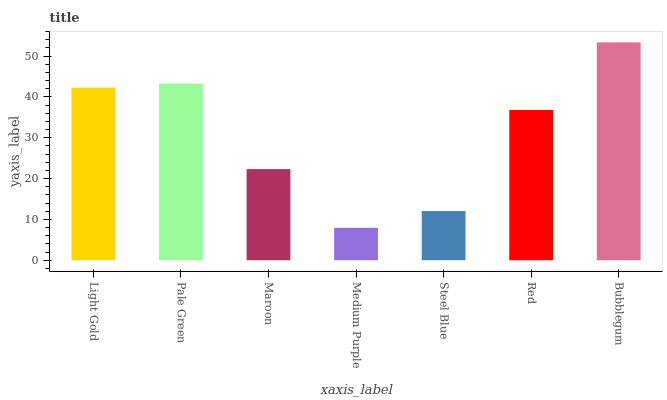
| xaxis_label | bars |
 | --- | --- |
 | Light Gold | 42.3 |
 | Pale Green | 43.3 |
 | Maroon | 22.3 |
 | Medium Purple | 7.93 |
 | Steel Blue | 12 |
 | Red | 36.8 |
 | Bubblegum | 53.4 |